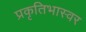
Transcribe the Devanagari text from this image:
प्रकृतिभास्वर